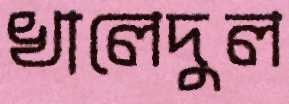
খালেদুল